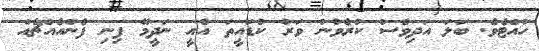
ހުއްޓެވެ. ބަލަ އަދިވެސް ކުރެވުނު ވަރު ކުޑައީތަ އެއީ ނަދީމޭ ފިނި ފެންއެއްޗެއް